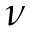
\nu